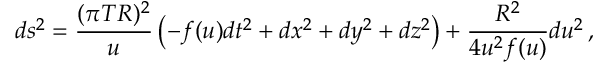
d s ^ { 2 } = \frac { ( \pi T R ) ^ { 2 } } u \left( - f ( u ) d t ^ { 2 } + d x ^ { 2 } + d y ^ { 2 } + d z ^ { 2 } \right) + { \frac { R ^ { 2 } } { 4 u ^ { 2 } f ( u ) } } d u ^ { 2 } \, ,